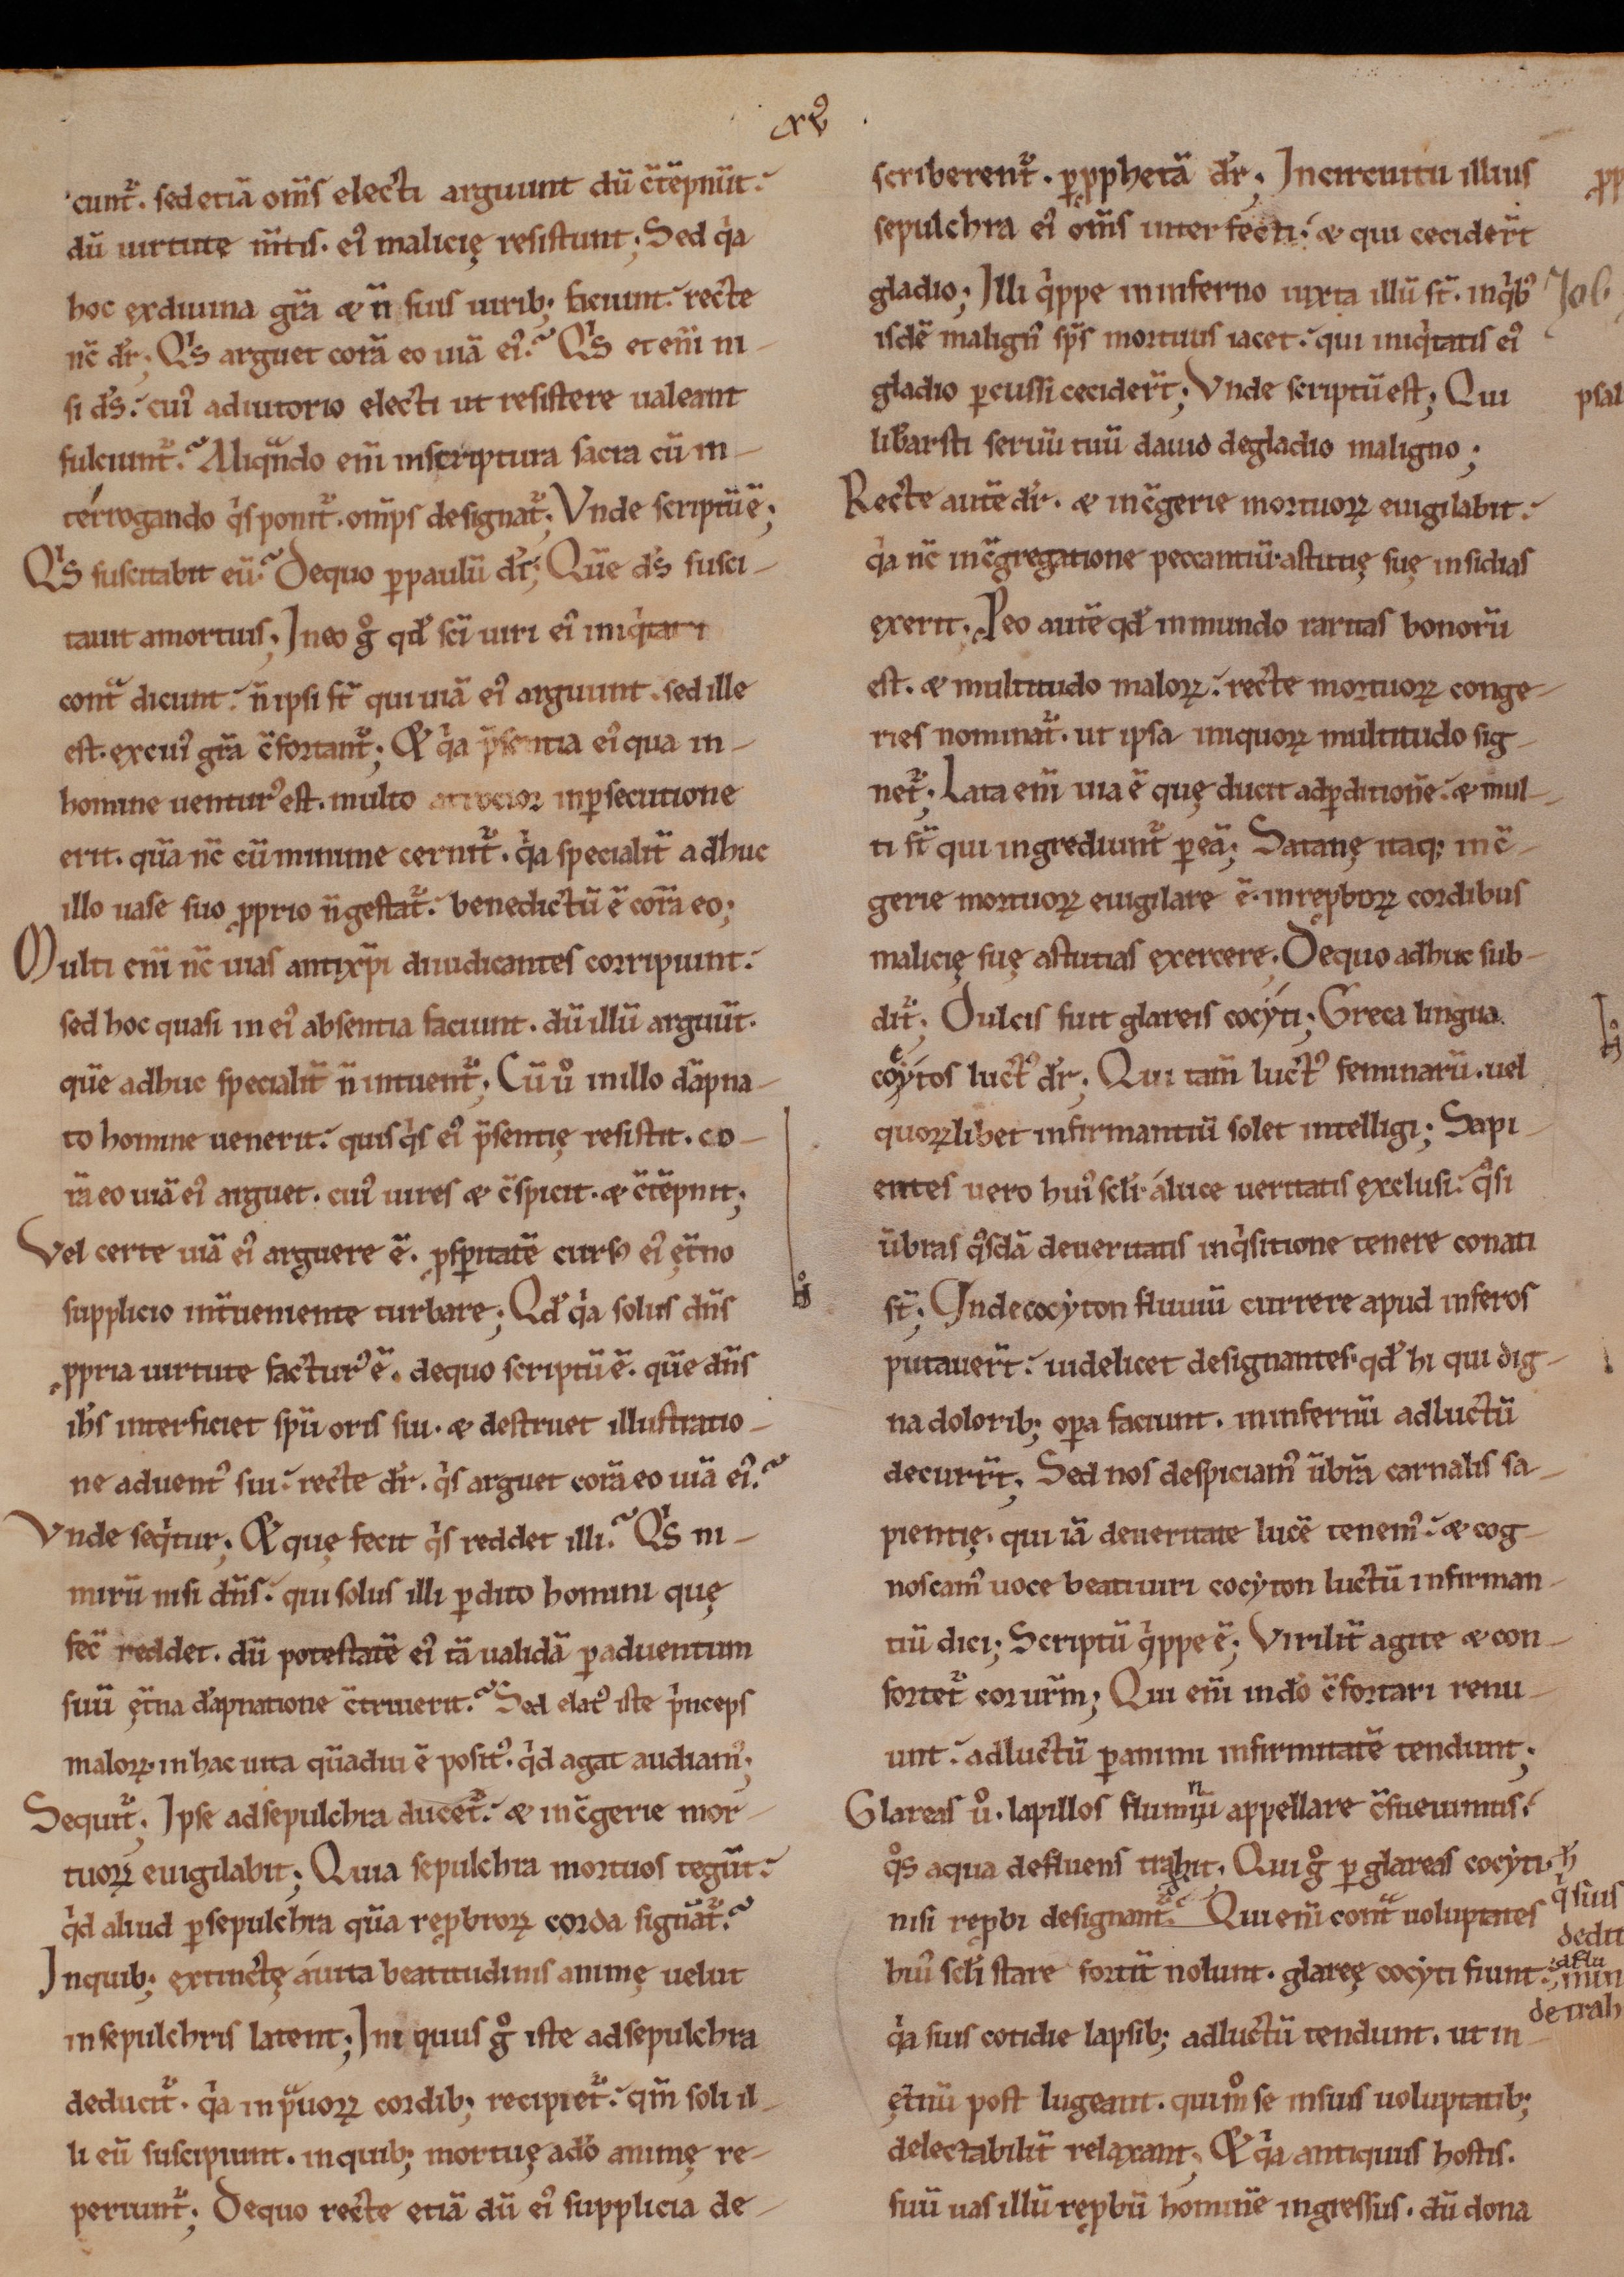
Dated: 1000–1199